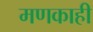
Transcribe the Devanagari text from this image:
मणकाही